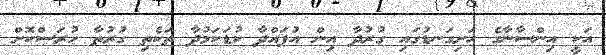
އަކީ އިންސާނާގެ ހަށިގަނޑުގައި ގުރުދާ އިން އުފައްދާ ކުޑަކަމުދާ ތަކެތި ގުރުތާ ހުރަސްކޮށް